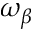
\omega _ { \beta }